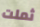
ثملت